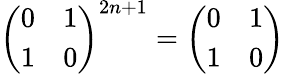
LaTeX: \left(\begin{array}{cc}{{0}}&{{1}}\\ {{1}}&{{0}}\end{array}\right)^{2n+1}=\left(\begin{array}{cc}{{0}}&{{1}}\\ {{1}}&{{0}}\end{array}\right)